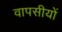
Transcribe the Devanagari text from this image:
वापसीयों